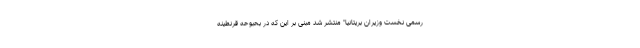
رسمی نخست وزیران بریتانیا" منتشر شد مبنی بر این که در بحبوحه قرنطینه